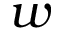
w